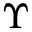
\Upsilon